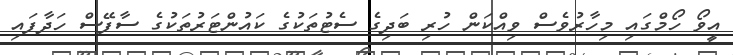
އީވޯ ހޯމްގައި މިހާރުވެސް ވިއްކަން ހުރި ބަދިގެ ސެޓުތަކުގެ ކައުންޓަރުތަކުގެ ސާފޭސް ހަދާފައި